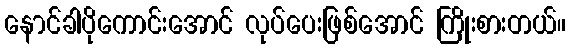
နောင်ခါပိုကောင်းအောင် လုပ်ပေးဖြစ်အောင် ကြိုးစားတယ်။